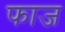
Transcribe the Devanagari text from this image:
फाज